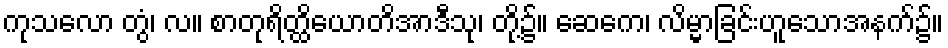
ကုသလော တွံ၊ လ။ စာတုရိတ္ထိယောတိအာဒီသု၊ တို့၌။ ဆေကေ၊ လိမ္မာခြင်းဟူသောအနက်၌။